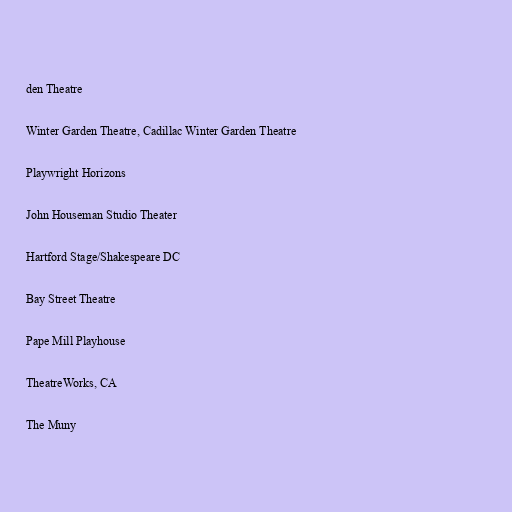
den Theatre

Winter Garden Theatre, Cadillac Winter Garden Theatre

Playwright Horizons

John Houseman Studio Theater

Hartford Stage/Shakespeare DC

Bay Street Theatre

Pape Mill Playhouse

TheatreWorks, CA

The Muny